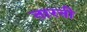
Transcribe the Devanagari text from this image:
तारनी